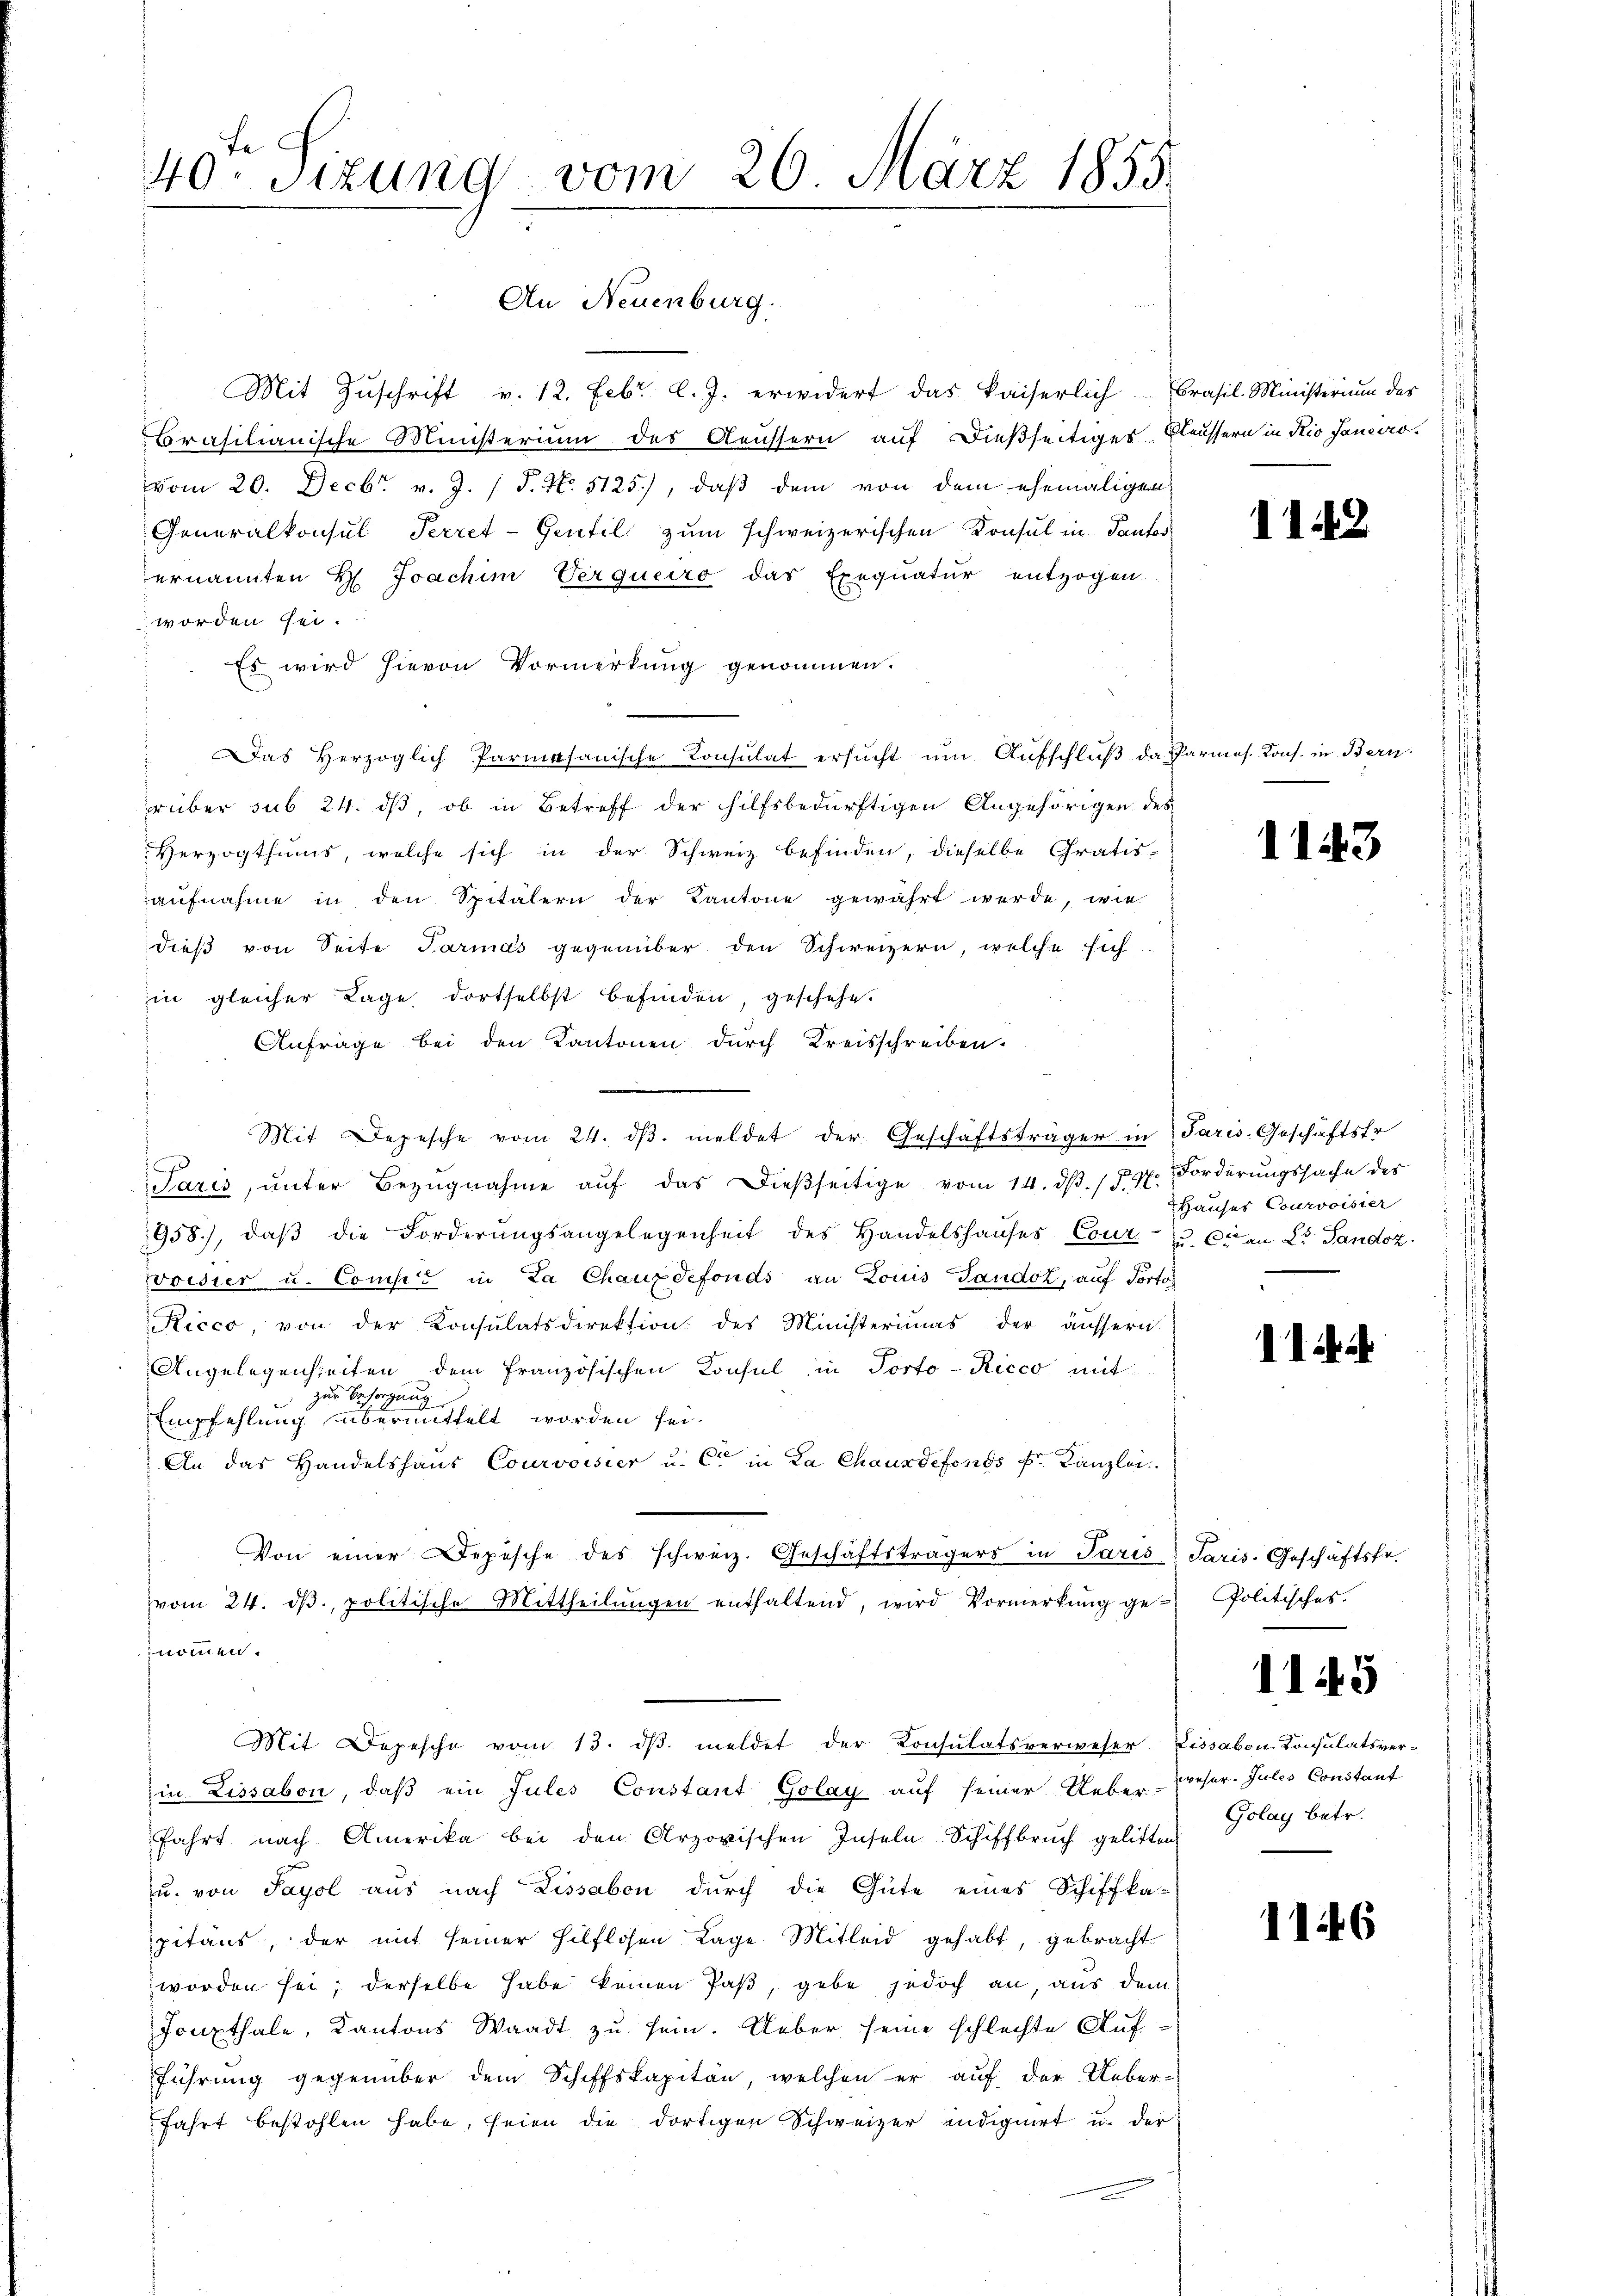
40ten Sizung vom 26. März 1855.

An Neuenburg.

Mit Zuschrift v. 12. Febr. l. J. erwidert das kaiserlich Brasil.- Ministerium des
Brasilianische Ministerium des Aeussern auf dießseitiges Klaussern in Rio Janeiro
vom 20. Decbr. v. J. 1 S. N. 5125), daß dem von dem ehemaligen
Generalkonsul Perret-Gentil zum schweizerischen Konsul in Panton
ernannten H. Joachim Verqueiro das Exequatur entzogen
worden sei.
Es wird hievon Vormerkung genommen.
as Herzoglich Parmasanische Konsulat ersŭcht ŭm Aŭfschluß da Parmes. Kons. in Bern.
rüber sub 24. dß, ob in Betreff der hilfsbedürftigen Angehörigen des
Herzogthums, welche sich in der Schweiz befinden, dieselbe Gratis-
aufnahme in den Spitälern der Kantone gewährt werde, wie
dieß von Seite Parmas gegenüber den Schweizern, welche sich
in gleicher Lage dortselbst befinden, geschehe.
Anfrage bei den Kantonen durch Kreisschreiben.
Mit Depesche vom 24. dβ. meldet der Geschäftsträger in Paris, Geschäftsfr
Paris, ŭnter Bezŭgnahme aŭf das dieβseitige vom 14. dβ. / 5. 4. Forderŭngssache des
958), daβ die Forderungsangelegenheit des Handelshauses Cout. u. Cran Dr. Sandoz
voisier u. Comit in La Chauxdefonds an Louis Taudok, auf Portos
Ricco, von der Konsulatsdirektion des Ministeriums der äussern.
Angelegenheiten dem französischen Konsul in Porto-Ricco mit
zur Besorgung
Empfehlung übermittelt worden sei.
An das Handelshaus Courvoisier u. C in La Chauxdefonds k. Kanzlei.
Von einer Depesche des schweiz. Geschäftsträgers in Paris Paris. Geschäftsfr.
vom 24. dβ. politische Mittheilŭngen enthaltend, wird Vormerkŭng geolitisches.
nommen.
Mit Depesche vom 13. dβ meldet der Konsulatsverweser Lissabon Consulatsver-
in Lissabon, daβ ein Jules Constant Golay auf seiner Ueber-Creser. Jules Constant
fahrt nach Amerika bei den Arzorischen Inseln Schiffbrŭch gelitten
u. von Sayol aus nach Lissabon dŭrch die Güte eines Schiffka-
pitans, der mit seiner hilflosen Lage Mitleid gehabt, gebracht
worden sei; derselbe habe keinen Paß, gebe jedoch an, aus dem
Foupthale, Kantons Waadt zu sein. Ueber seine schlechte Aufführung gegenüber dem Schiffskapitän, welchen er auf der Ueber-
fahrt bestohlen habe, seien die dortigen Schweizer indignirt u. der

1148

1143

Hauser Courvoisier

II

1145

Golay betr.

1146